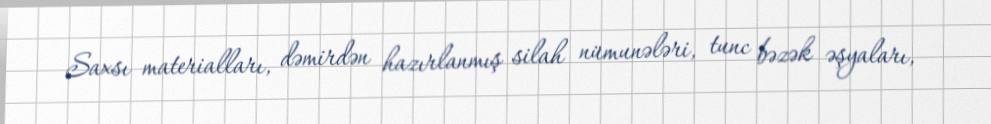
Saxsı materialları, dəmirdən hazırlanmış silah nümunələri, tunc bəzək əşyaları,